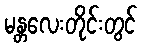
မန္တလေးတိုင်းတွင်